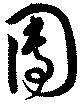
團